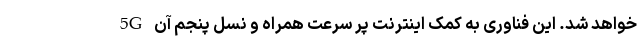
خواهد شد. این فناوری به کمک اینترنت پر سرعت همراه و نسل پنجم آن 5G